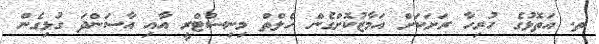
ތ. އަތޮޅުގެ ހުރިހާ ރަށަކަށް އަމާޒުކޮށްގެން ހެލްތް މިނިސްޓްރީ އާއި އާސަންދަ ގުޅިގެން